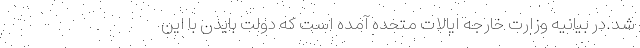
شد.در بیانیه وزارت خارجه ایالات متحده آمده است که دولت بایدن با این